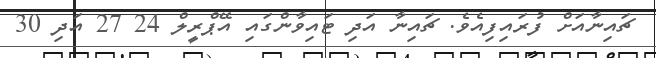
ޗައިނާއަށް ފުރައިފިއެވެ. ޗައިނާ އަދި ޓައިވާންގައި އޭޕްރީލް 24 27 އަދި 30